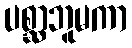
ပစ္ဆာဘူမကာ